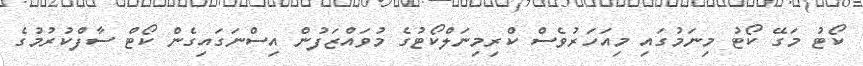
ކޯޓު މަގޭ ކޯޓު މިނަމުގައި މިއަހަރުވެސް ކްރިމިނަލްކޯޓުގެ މުވައްޒަފުން އިސްނަގައިގެން ކޯޓް ސާފްކުރުމުގެ